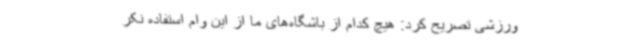
ورزشی تصریح کرد: هیچ کدام از باشگاه‌های ما از این وام استفاده نکر